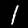
Label: 1